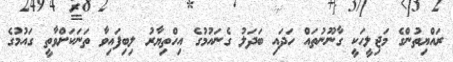
ރައްޔިތުންގެ މަޖިލީހަކީ ގާނޫނުތައް ހަދައި ބަދަލު ގެނައުމުގެ އިހްތިޔާރު ލިބިފައިވާ ތަނަކަށްވާތީ ގައުމުގެ